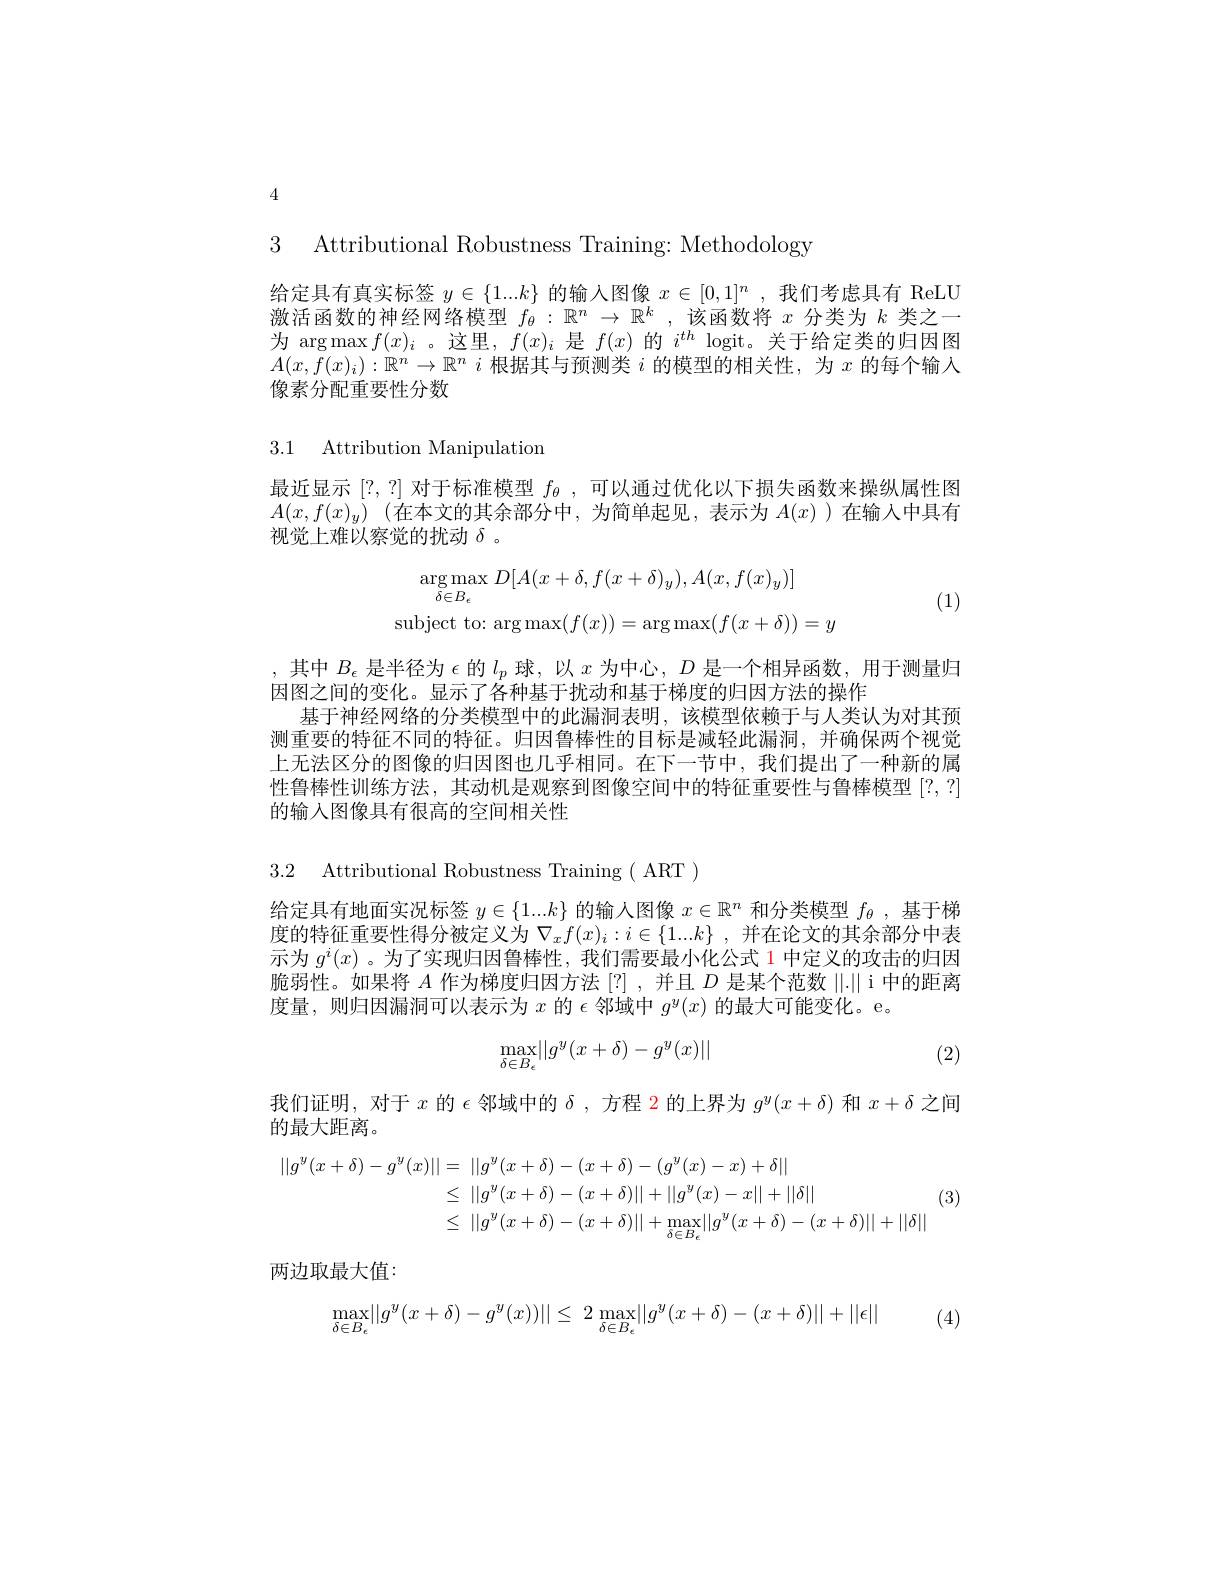
4

3 Attributional Robustness Training: Methodology

给定具有真实标签$y\in\{1...k\}$的输入图像$x\in[0,1]^n$,我们考虑具有 ReLU 激活函数的神经网络模型$f_\theta:\mathbb{R}^n\to\mathbb{R}^k$ ,该函数将$x$分类为$k$类之一为$\arg\max f(x)_i$ 。这里，$f(x)_i$是$f(x)$的$i^th$ logit。关于给定类的归因图$A(x,f(x)_i):\mathbb{R}^n\to\mathbb{R}^n$ $i$根据其与预测类$i$的模型的相关性，为$x$的每个输入像素分配重要性分数

3.1 Attribution Manipulation

最近显示[?,?]对于标准模型$f_{\theta}$ ,可以通过优化以下损失函数来操纵属性图$A(x,f(x)_y)$ (在本文的其余部分中，为简单起见，表示为$A(x)$ )在输入中具有视觉上难以察觉的扰动$\delta$ 。
$$\arg\max_{\delta\in B_{\epsilon}}D[A(x+\delta,f(x+\delta)_{y}),A(x,f(x)_{y})]\\\text{subject to:}\arg\max(f(x))=\arg\max(f(x+\delta))=y$$
(1)

,其中$B_\epsilon$是半径为$\epsilon$的$l_p$球，以$x$为中心$,D$是一个相异函数，用于测量归
因图之间的变化。显示了各种基于扰动和基于梯度的归因方法的操作
基于神经网络的分类模型中的此漏洞表明，该模型依赖于与人类认为对其预测重要的特征不同的特征。归因鲁棒性的目标是减轻此漏洞，并确保两个视觉上无法区分的图像的归因图也几乎相同。在下一节中，我们提出了一种新的属性鲁棒性训练方法，其动机是观察到图像空间中的特征重要性与鲁棒模型[?,?] 的输入图像具有很高的空间相关性

3.2 Attributional Robustness Training( ART )

给定具有地面实况标签$y\in\{1...k\}$的输人图像$x\in\mathbb{R}^n$和分类模型$f_\theta$,基于梯度的特征重要性得分被定义为$\nabla_xf(x)_i:i\in\{1...k\}$ ,并在论文的其余部分中表示为$g^i(x)$。为了实现归因鲁棒性，我们需要最小化公式 1 中定义的攻击的归因脆弱性。如果将$A$作为梯度归因方法 [?],并且$D$是某个范数||.|| i 中的距离度量，则归因漏洞可以表示为$x$的$\epsilon$邻域中$g^y(x)$的最大可能变化。e。
$$\max\limits_{\delta\in B_\epsilon}\lvert\lvert g^y(x+\delta)-g^y(x)\rvert\rvert $$
(2)

我们证明，对于$x$的$\epsilon$邻域中的$\delta$ ,方程 2 的上界为$g^y(x+\delta)$和$x+\delta$之间
的最大距离。
$$\begin{aligned}||g^{y}(x+\delta)-g^{y}(x)||&=\:||g^{y}(x+\delta)-(x+\delta)-(g^{y}(x)-x)+\delta||\\&\leq\:||g^{y}(x+\delta)-(x+\delta)||+||g^{y}(x)-x||+||\delta||\\&\leq\:||g^{y}(x+\delta)-(x+\delta)||+\max_{\delta\in B_{\epsilon}}||g^{y}(x+\delta)-(x+\delta)||+||\delta||\end{aligned}$$
(3)

两边取最大值：
$$\max\limits_{\delta\in B_\epsilon}\lvert\lvert g^y(x+\delta)-g^y(x))\rvert\rvert\leq\:2\max\limits_{\delta\in B_\epsilon}\lvert\lvert g^y(x+\delta)-(x+\delta)\rvert\rvert+\lvert\lvert\epsilon\rvert\rvert $$